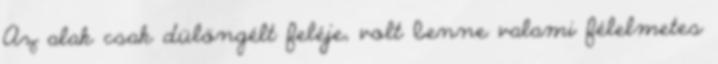
Az alak csak dülöngélt feléje, volt benne valami félelmetes